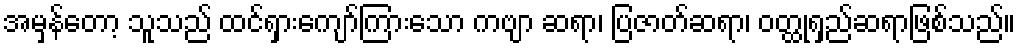
အမှန်တော့ သူသည် ထင်ရှားကျော်ကြားသော ကဗျာ ဆရာ၊ ပြဇာတ်ဆရာ၊ ဝတ္ထုရှည်ဆရာဖြစ်သည်။